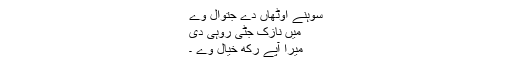
سوہنے اوٹھاں دے جتوال وے
میں نازک جٹی روہی دی
میرا آپے رکھ خیال وے ۔